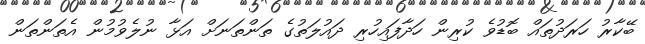
ބޭކާރު ހަރަދުތައް ބޮޑުވެ ކުރިން ހަދާފައިހުރި ދައުލަތުގެ ތަންތަނަށް އަޅާ ނުލެވުމުން އެތަންތަން